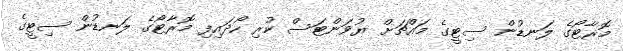
މޮރާޓޯގެ ލަނޑުން ސިޓީގެ މައްޗަށް ޔުވަންޓަސް ކުރި ހޯދައިފި މޮރާޓޯގެ ލަނޑުން ސިޓީގެ